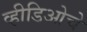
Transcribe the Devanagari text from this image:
व्हीडिओचे